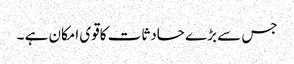
جس سے بڑے حادثات کاقوی امکان ہے ۔